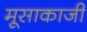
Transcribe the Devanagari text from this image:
मूसाकाजी